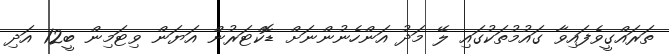
ތަރައްގީވެފައިވާ ގައުމުތަކުގައި ލޭ މަދު އަންހެނުންނަށް ޑޮކްޓަރުން އަޔަން ވިޓަމިން ބީ12 އަދި